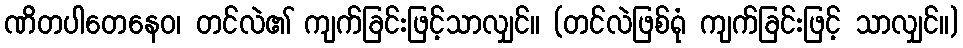
ဏိတပါတေနေဝ၊ တင်လဲ၏ ကျက်ခြင်းဖြင့်သာလျှင်။ (တင်လဲဖြစ်ရုံ ကျက်ခြင်းဖြင့် သာလျှင်။)